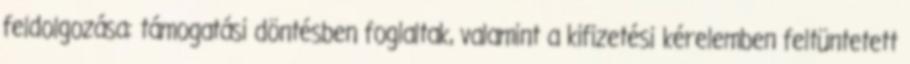
feldolgozása: támogatási döntésben foglaltak, valamint a kifizetési kérelemben feltüntetett